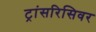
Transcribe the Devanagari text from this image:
ट्रांसरिसिवर